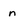
Character: n